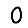
Digit: 0